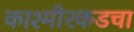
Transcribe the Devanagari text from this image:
काश्मीरकडचा